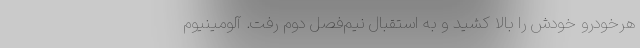
هرخودرو خودش را بالا کشید و به استقبال نیم‌فصل دوم رفت. آلومینیوم